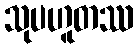
သုပဟူတဿ